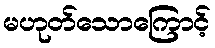
မဟုတ်သောကြောင့်